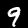
Label: 9